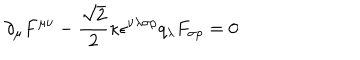
LaTeX: \partial _ { \mu } F ^ { \mu \nu } - \frac { \sqrt { 2 } } { 2 } \kappa \epsilon ^ { \nu \lambda \sigma \rho } q _ { \lambda } F _ { \sigma \rho } = 0